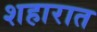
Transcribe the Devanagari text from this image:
शहारात